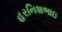
હરનિશભાઇ